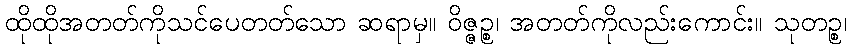
ထိုထိုအတတ်ကိုသင်ပေတတ်သော ဆရာမှ။ ဝိဇ္ဇဉ္စ၊ အတတ်ကိုလည်းကောင်း။ သုတဉ္စ၊